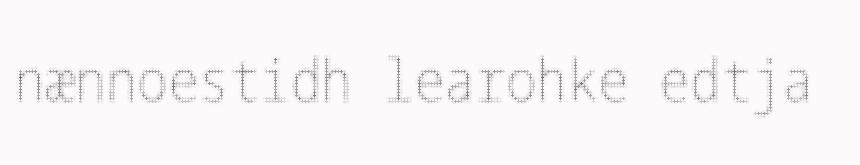
nænnoestidh learohke edtja